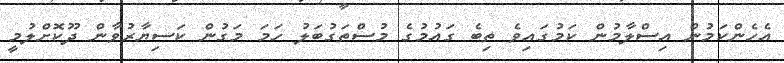
އެހެންކަމުން އިސްލާމުން ކަމުގައިވެ ތިބެ ގައުމުގެ މުސްތަގުބަލު ހަމަ މަގުން ކަސިޔާރުވާން ދޫކޮށްލުމީ